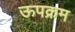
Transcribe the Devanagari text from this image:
ऊपक्रम